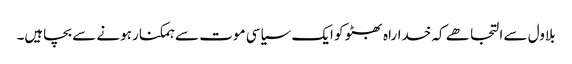
بلاول سے التجا ھے کہ خداراہ بھٹو کو ایک سیاسی موت سے ہمکنار ہونے سے بچاہیں۔